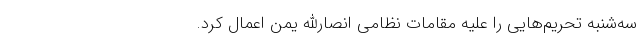
سه‌شنبه تحریم‌هایی را علیه مقامات نظامی انصارالله یمن اعمال کرد.